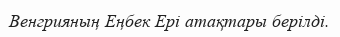
Венгрияның Еңбек Ері атақтары берілді.